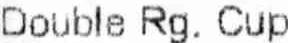
DOUBLE RG. CUP